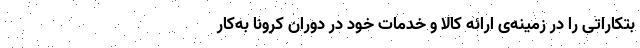
بتکاراتی را در زمینه‌‌ی ارائه کالا و خدمات خود در دوران کرونا به‌کار